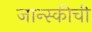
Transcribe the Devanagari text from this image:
जान्स्कीची